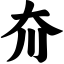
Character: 夼